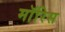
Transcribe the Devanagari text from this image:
माॅरिस